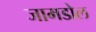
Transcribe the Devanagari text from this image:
जामडोल